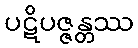
ပဋိပဇ္ဇန္တဿ